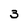
Character: 3